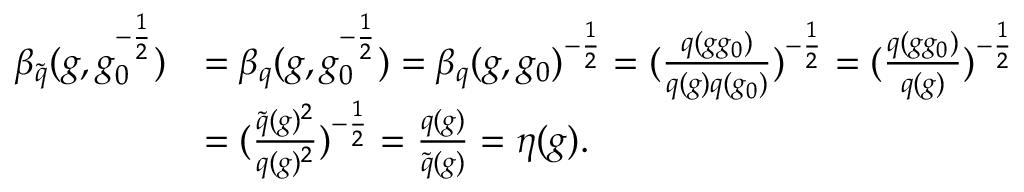
\begin{array} { r l } { \beta _ { \widetilde { q } } ( g , g _ { 0 } ^ { - \frac { 1 } { 2 } } ) } & { = \beta _ { q } ( g , g _ { 0 } ^ { - \frac { 1 } { 2 } } ) = \beta _ { q } ( g , g _ { 0 } ) ^ { - \frac { 1 } { 2 } } = ( \frac { q ( g g _ { 0 } ) } { q ( g ) q ( g _ { 0 } ) } ) ^ { - \frac { 1 } { 2 } } = ( \frac { q ( g g _ { 0 } ) } { q ( g ) } ) ^ { - \frac { 1 } { 2 } } } \\ & { = ( \frac { \widetilde { q } ( g ) ^ { 2 } } { q ( g ) ^ { 2 } } ) ^ { - \frac { 1 } { 2 } } = \frac { q ( g ) } { \widetilde { q } ( g ) } = \eta ( g ) . } \end{array}